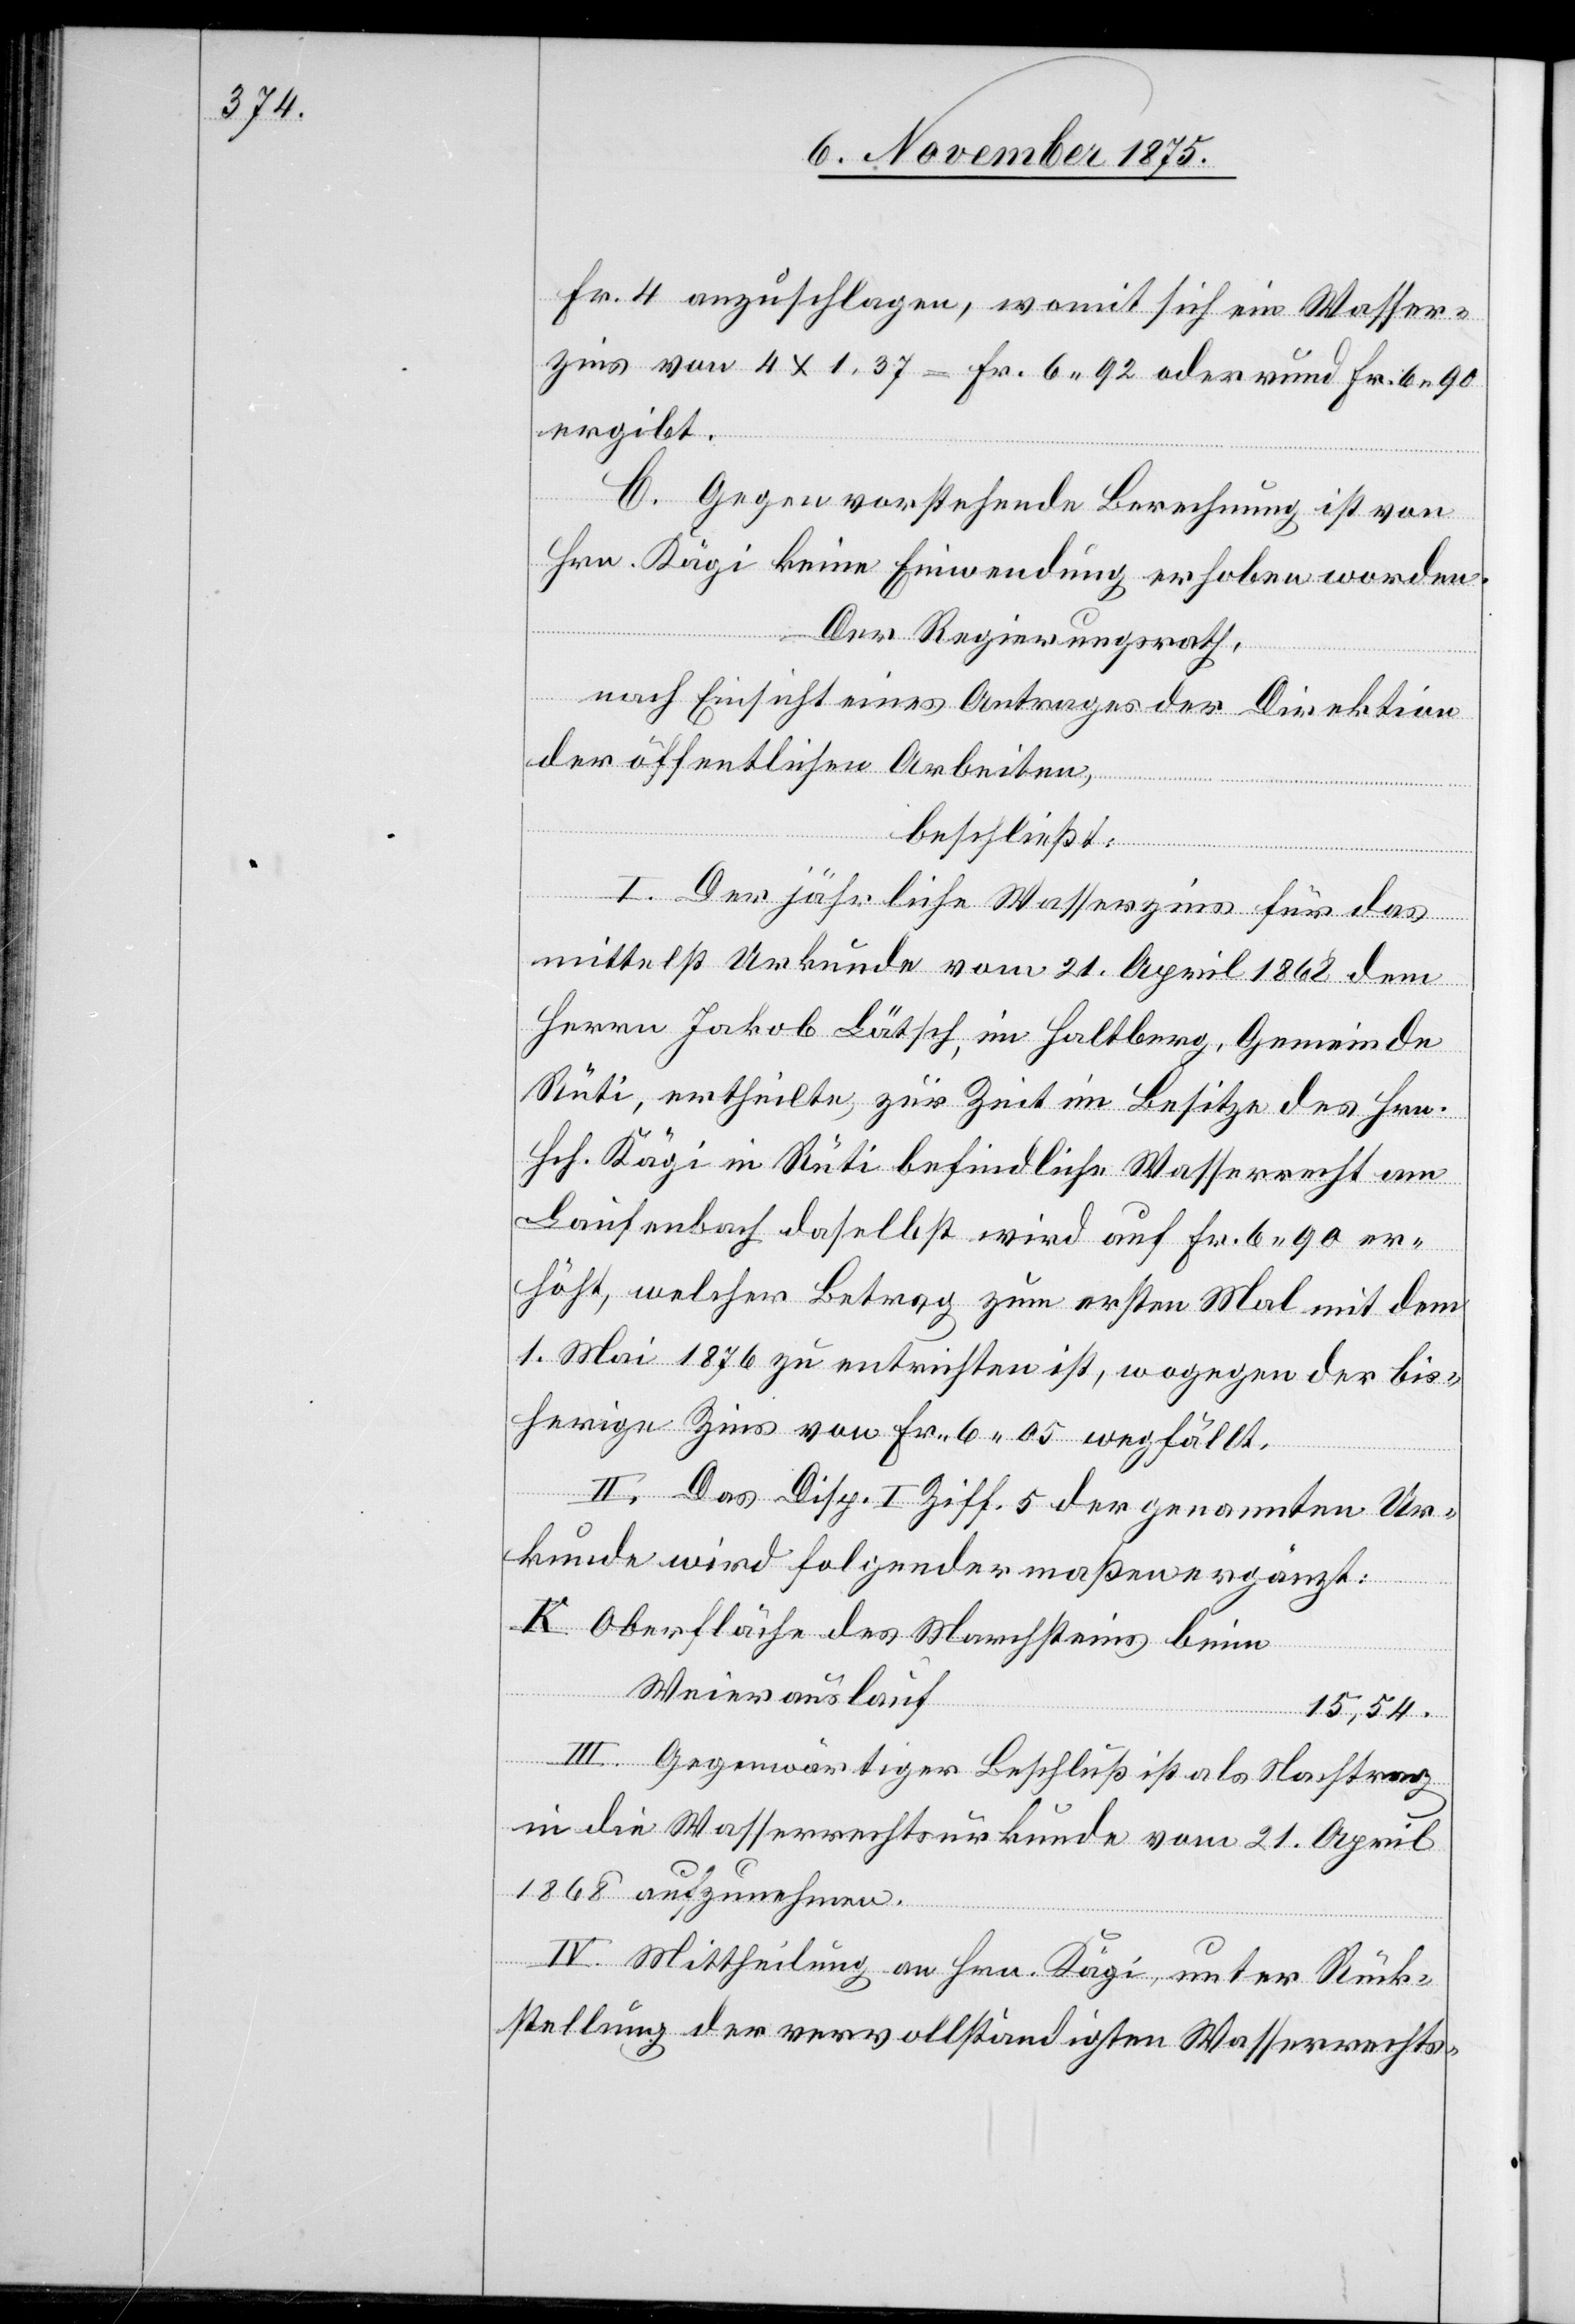
Fr. 4 anzuschlagen, womit sich ein Wasser¬
zins von 4 x 1,37 = Fr. 6 92 oder rund Fr. 6 90
ergibt.
C. Gegen vorstehende Berechnung ist von
Hrn. Kägi keine Einwendung erhoben worden.
Der Regierungsrath,
nach Einsicht eines Antrages der Direktion
der öffentlichen Arbeiten,
beschließt:
I. Der jährliche Wasserzins für das
mittelst Urkunde vom 21. April 1868 dem
Herrn Jakob Lätsch, im Haltberg, Gemeinde
Rüti, ertheilte, zur Zeit im Besitze des Hrn.
Hch. Kägi in Rüti befindliche Wasserrecht am
Laufenbach daselbst wird auf Fr. 6 90 er¬
höht, welcher Betrag zum ersten Mal mit dem
1. Mai 1876 zu entrichten ist, wogegen der bis¬
herige Zins von Fr. 6 05 wegfällt.
II. Das Disp. I Ziff. 5 der genannten Ur¬
kunde wird folgedermaßen ergänzt:
K. Oberfläche des Marchsteines beim
Weierauslauf
15,54.
III. Gegenwärtiger Beschluß ist als Nachtrag
in die Wasserrechtsurkunde vom 21. April
1868 aufzunehmen.
IV. Mittheilung an Hrn. Kägi, unter Rück¬
stellung der vervollständigten Wasserrechts-